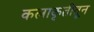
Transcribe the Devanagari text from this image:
कलाकृतीतून